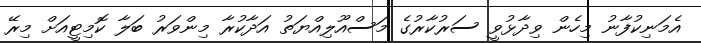
އެމަނިކުފާނު މިހެން ވިދާޅުވީ ސަރުކާރުގެ މަސްއޫލިއްޔަތު އަދާކުރާ މިންވަރު ބަލާ ކޮމިޓީއަށް މިރޭ